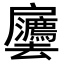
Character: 𫼒